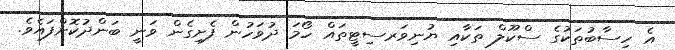
އެ ހިސާބުތަކުގެ ސްކޫލް ތަކާއި ޔުނިވަރސިޓީތައް ހޯމަ ދުވަހުން ފެށިގެން ވަނީ ބަންދުކޮށްފައެވެ.